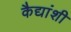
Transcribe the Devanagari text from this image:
कैद्यांशी